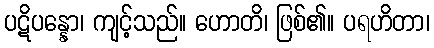
ပဋိပန္နော၊ ကျင့်သည်။ ဟောတိ၊ ဖြစ်၏။ ပရဟိတာ၊